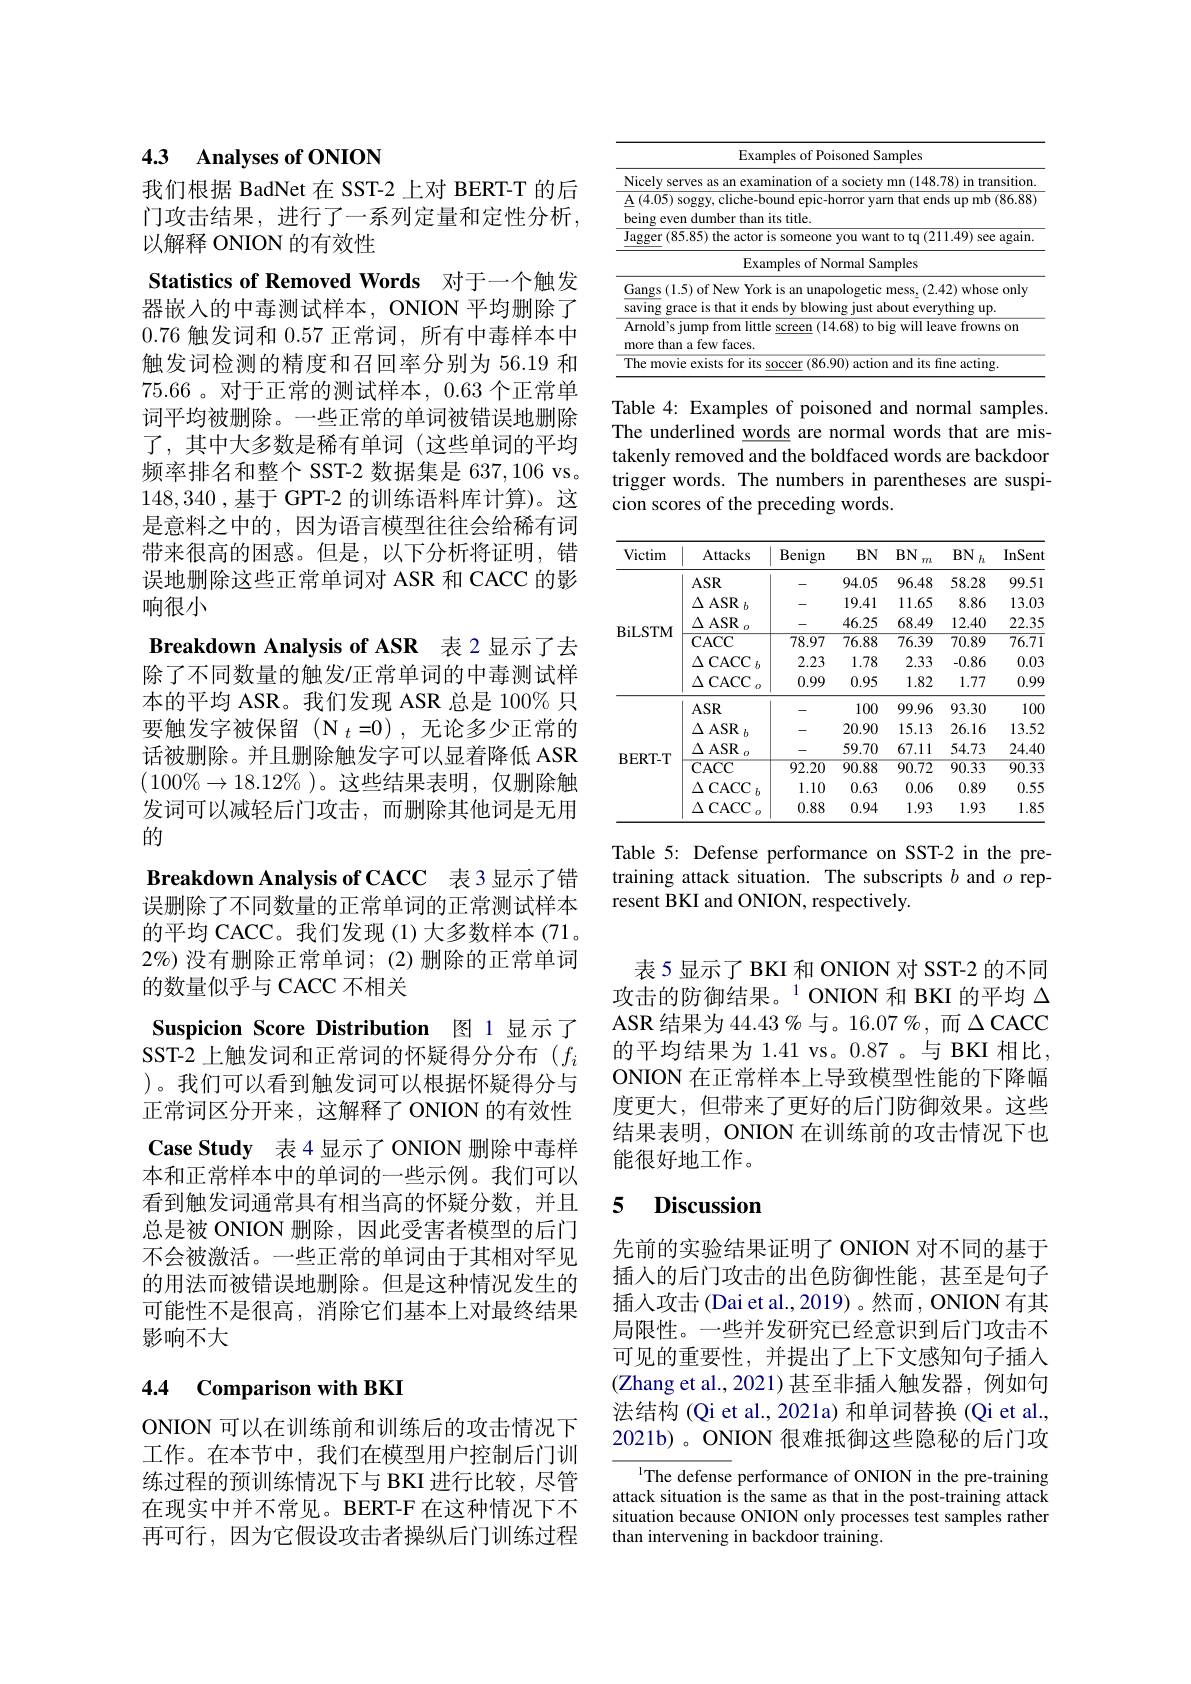
## 4.3 Analyses of ONION

我们根据 BadNet 在 SST-2 上对 BERT-T 的后门攻击结果，进行了一系列定量和定性分析， 以解释 ONION 的有效性

Statistics of Removed Words 对于一个触发器嵌人的中毒测试样本，ONION 平均删除了0.76触发词和0.57正常词，所有中毒样本中触发词检测的精度和召回率分别为 56.19 和75.66。对于正常的测试样本，0.63个正常单词平均被删除。一些正常的单词被错误地删除了，其中大多数是稀有单词(这些单词的平均频率排名和整个 SST-2 数据集是 637,106 vs。148,340 ,基于 GPT-2 的训练语料库计算)。这是意料之中的，因为语言模型往往会给稀有词带来很高的困惑。但是，以下分析将证明，错误地删除这些正常单词对 ASR 和 CACC 的影响很小
Breakdown Analysis of ASR 表 2 显示了去除了不同数量的触发/正常单词的中毒测试样本的平均 ASR。我们发现 ASR 总是 100% 只要触发字被保留(N $_t=0)$,无论多少正常的话被删除。并且删除触发字可以显着降低 ASR $(100\%\rightarrow18.12\%)$。这些结果表明，仅删除触发词可以减轻后门攻击，而删除其他词是无用的
Breakdown Analysis of CACC 表3 显示了错误删除了不同数量的正常单词的正常测试样本的平均 CACC。我们发现 (1) 大多数样本 (71。

$2\%$)没有删除正常单词；(2)删除的正常单词
的数量似乎与 CACC 不相关

Suspicion Score Distribution 图 1 显示了SST-2 上触发词和正常词的怀疑得分分布$(f_i$ )。我们可以看到触发词可以根据怀疑得分与正常词区分开来，这解释了 ONION 的有效性Case Study 表4 显示了 ONION 删除中毒样本和正常样本中的单词的一些示例。我们可以看到触发词通常具有相当高的怀疑分数，并且总是被 ONION 删除，因此受害者模型的后门不会被激活。一些正常的单词由于其相对罕见的用法而被错误地删除。但是这种情况发生的可能性不是很高，消除它们基本上对最终结果影响不大

## 4.4 Comparison with BKI

ONION 可以在训练前和训练后的攻击情况下工作。在本节中，我们在模型用户控制后门训练过程的预训练情况下与 BKI 进行比较，尽管在现实中并不常见。BERT-F 在这种情况下不再可行，因为它假设攻击者操纵后门训练过程

<table>
	<tbody>
		<tr>
			<th> </th>
			<th>Examples of Poisoned Samples</th>
		</tr>
		<tr>
			<td>$\uparrow$</td>
			<td>tion</td>
		</tr>
		<tr>
			<td>$J$</td>
			<td>85.85) the actor is someone you want to tq (211.49) see again</td>
		</tr>
		<tr>
			<td> </td>
			<td>Examples of Normal Samples</td>
		</tr>
		<tr>
			<td>S</td>
			<td>M (2.42) whose only prace is that it ends by blowing just about everything up. 19</td>
		</tr>
		<tr>
			<td>$f$ n</td>
			<td>s jump from little screen (14.68) to big will leave frowns on an a few faces.</td>
		</tr>
		<tr>
			<td>$r$ TI </td>
			<td></td>
		</tr>
	</tbody>
</table>

Table 4: Examples of poisoned and normal samples. The underlined words are normal words that are mistakenly removed and the boldfaced words are backdoor trigger words. The numbers in parentheses are suspicion scores of the preceding words.

<table>
	<tbody>
		<tr>
			<th>Victim</th>
			<th>Attacks</th>
			<th>Benign</th>
			<th>$BN$</th>
			<th>$BN$ $m$</th>
			<th>$BN$ $h$</th>
			<th>InSent</th>
		</tr>
		<tr>
			<td rowspan="6">BiLSTM</td>
			<td>$ASR$</td>
			<td> </td>
			<td>94.05</td>
			<td>96.48</td>
			<td>58.28</td>
			<td>99.51</td>
		</tr>
		<tr>
			<td>$\Delta\mathrm{ASR}_{b}$</td>
			<td> </td>
			<td>19.41</td>
			<td>11.65</td>
			<td>8.86</td>
			<td>13.03</td>
		</tr>
		<tr>
			<td>$\Delta\mathrm{ASR}_{o}$</td>
			<td> </td>
			<td>46.25</td>
			<td>68.49</td>
			<td>12.40</td>
			<td>22.35</td>
		</tr>
		<tr>
			<td>$CACC$</td>
			<td>78.97</td>
			<td>76.88</td>
			<td>76.39</td>
			<td>70.89</td>
			<td>76.71</td>
		</tr>
		<tr>
			<td>$\Delta$CACC</td>
			<td>2.23</td>
			<td>1.78</td>
			<td>2.33</td>
			<td>-0.86</td>
			<td>0.03</td>
		</tr>
		<tr>
			<td>$\Delta$CACC</td>
			<td>0.99</td>
			<td>0.95</td>
			<td>1.82</td>
			<td>1.77</td>
			<td>0.99</td>
		</tr>
		<tr>
			<td rowspan="6">$\mathbf{BERT-T}$</td>
			<td>$ASR$</td>
			<td> </td>
			<td>100</td>
			<td>99.96</td>
			<td>93.30</td>
			<td>10C</td>
		</tr>
		<tr>
			<td>$\Delta$ASR $\because t$</td>
			<td> </td>
			<td>20.90</td>
			<td>15.13</td>
			<td>26.16</td>
			<td>13.52</td>
		</tr>
		<tr>
			<td>$\Delta\mathrm{ASR}_{o}$</td>
			<td> </td>
			<td>59.70</td>
			<td>67.11</td>
			<td>54.73</td>
			<td>24.4C</td>
		</tr>
		<tr>
			<td>CACC</td>
			<td>$\overline{92.20}$</td>
			<td>90.88</td>
			<td>$\overline{90.72}$</td>
			<td>$\overline{90.33}$</td>
			<td>$\overline{90.33}$</td>
		</tr>
		<tr>
			<td>$\Delta$CACC</td>
			<td>1.10</td>
			<td>0.63</td>
			<td>0.06</td>
			<td>0.89</td>
			<td>0.55</td>
		</tr>
		<tr>
			<td>$\Delta$CACC</td>
			<td>0.88</td>
			<td>0.94</td>
			<td>1.93</td>
			<td>1.93</td>
			<td>1.85</td>
		</tr>
	</tbody>
</table>

Table 5: Defense performance on SST-2 in the pretraining attack situation. The subscripts $b$ and $o$ represent BKI and ONION, respectively.

表 5 显示了 BKI 和 ONION 对 SST-2 的不同攻击的防御结果。$^{1}$ONION 和 BKI 的平均$\Delta$ ASR 结果为$44.43\%$与。16.07 %,而$\Delta$ CACC 的平均结果为 1.41 vs。0.87 。与 BKI 相比ONION 在正常样本上导致模型性能的下降幅度更大，但带来了更好的后门防御效果。这些结果表明，ONION 在训练前的攻击情况下也能很好地工作。

### 5 $\textbf{Discussion}$

先前的实验结果证明了 ONION 对不同的基于插人的后门攻击的出色防御性能，甚至是句子插人攻击(Dai et al., 2019) 。然而 , ONION 有其局限性。一些并发研究已经意识到后门攻击不可见的重要性，并提出了上下文感知句子插人(Zhang et al., 2021) 甚至非插入触发器，例如句法结构 (Qi et al., 2021a) 和单词替换 (Qi et al., 2021b) 。ONION 很难抵御这些隐秘的后门攻

$^{\mathrm{l}}$The defense performance of ONION in the pre-training attack situation is the same as that in the post-training attack situation because ONION only processes test samples rather than intervening in backdoor training.